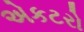
એકટરો